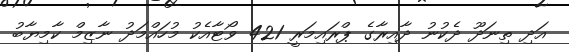
އަދި ތިނަދޫ ދެކުނު ދާއިރާގެ ޕްރައިމަރީ 421 ވޯޓާއެކު މުހައްމަދު ނާޒިމް ކާމިޔާބު